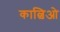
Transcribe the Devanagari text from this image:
काल्चिओ